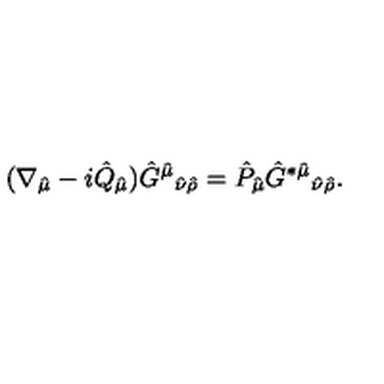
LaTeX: ( \nabla _ { \hat { \mu } } - i \hat { Q } _ { \hat { \mu } } ) \hat { G } ^ { \hat { \mu } } { } _ { \hat { \nu } \hat { \rho } } = \hat { P } _ { \hat { \mu } } \hat { G } ^ { * \hat { \mu } } { } _ { \hat { \nu } \hat { \rho } } .